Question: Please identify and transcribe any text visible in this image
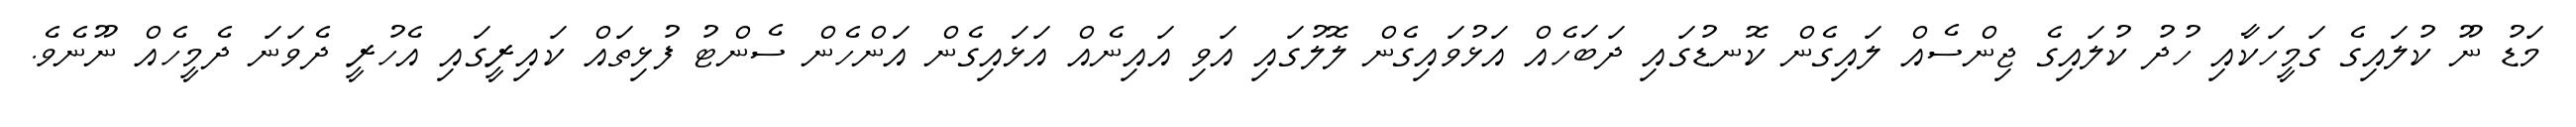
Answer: މަޑު ނޫ ކުލައިގެ ގަމީހަކާއި ހުދު ކުލައިގެ ޖިންސެއް ލައިގެން ކޮނޑުގައި ދަބަހެއް އަޅުވައިގެން ލޮލުގައި އަވި އައިނެއް އަޅައިގެން އަންހެން ސެންޓު ފުޅިތައް ކައިރީގައި އެހުރީ ދެވަނަ ދެމީހެއް ނޫނެވެ.